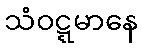
သံဝဋ္ဋမာနေ